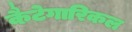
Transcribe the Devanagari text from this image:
कैटेगारिकल